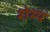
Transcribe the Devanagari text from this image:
शेम्प